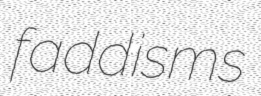
faddisms